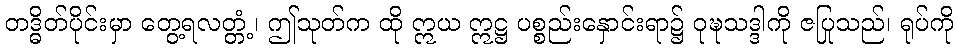
တဒ္ဓိတ်ပိုင်းမှာ တွေ့ရလတ္တံ့၊ ဤသုတ်က ထို ဣယ ဣဋ္ဌ ပစ္စည်းနှောင်းရာ၌ ဝုဍ္ဎသဒ္ဒါကို ဇပြုသည်၊ ရုပ်ကို